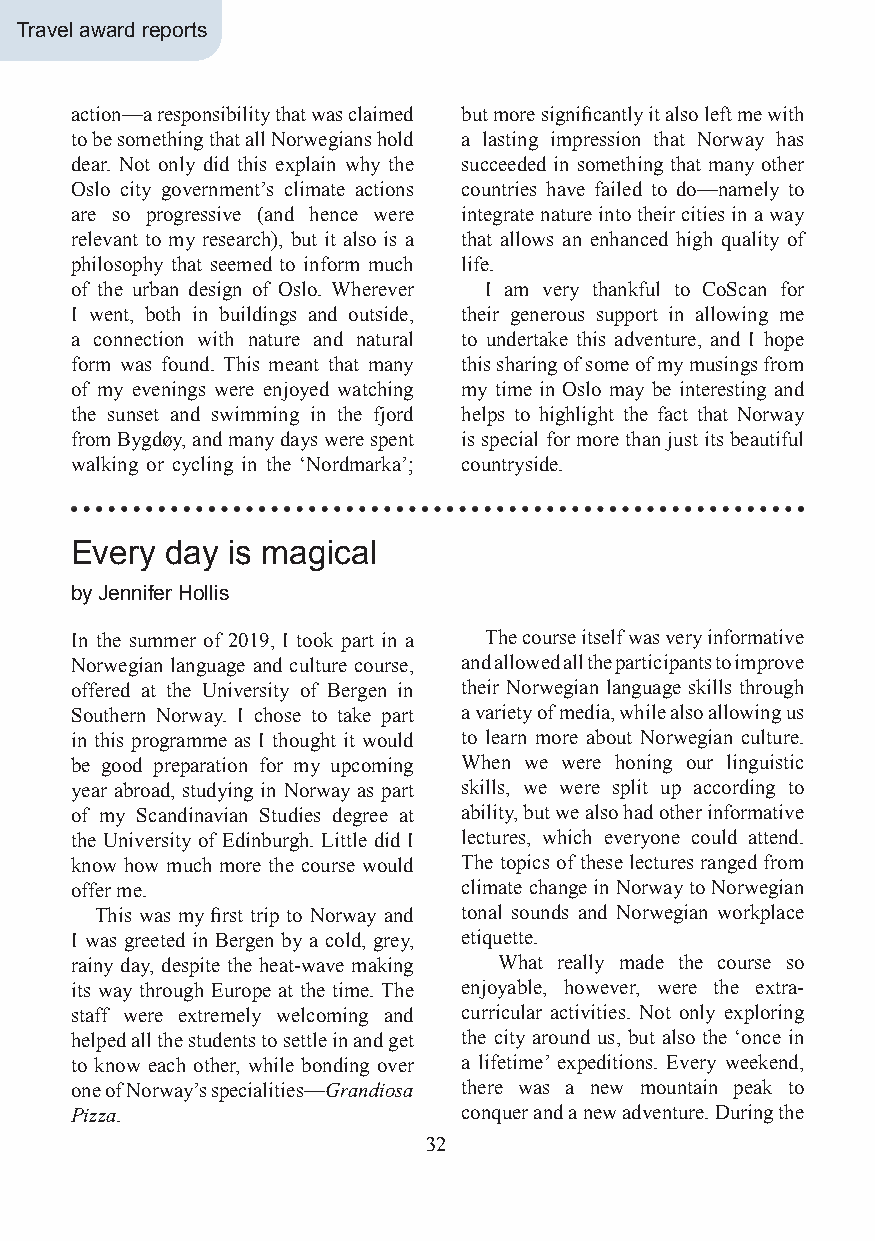
Travel award reports
 action—a responsibility that was claimed but more significantly it also left me with
 to be something that all Norwegians hold a lasting impression that Norway has
 dear. Not only did this explain why the succeeded in something that many other
 Oslo city government’s climate actions countries have failed to do—namely to
 are so progressive (and hence were integrate nature into their cities in a way
 relevant to my research), but it also is a that allows an enhanced high quality of
 philosophy that seemed to inform much life.
 of the urban design of Oslo. Wherever I am very thankful to CoScan for
 I went, both in buildings and outside, their generous support in allowing me
 a connection with nature and natural to undertake this adventure, and I hope
 form was found. This meant that many this sharing of some of my musings from
 of my evenings were enjoyed watching my time in Oslo may be interesting and
 the sunset and swimming in the fjord helps to highlight the fact that Norway
 from Bygdøy, and many days were spent is special for more than just its beautiful
 walking or cycling in the ‘Nordmarka’; countryside.
 Every day is magical
 by Jennifer Hollis
 In the summer of 2019, I took part in a The course itself was very informative
 Norwegian language and culture course, and allowed all the participants to improve
 offered at the University of Bergen in their Norwegian language skills through
 Southern Norway. I chose to take part a variety of media, while also allowing us
 in this programme as I thought it would to learn more about Norwegian culture.
 be good preparation for my upcoming When we were honing our linguistic
 year abroad, studying in Norway as part skills, we were split up according to
 of my Scandinavian Studies degree at ability, but we also had other informative
 the University of Edinburgh. Little did I lectures, which everyone could attend.
 know how much more the course would The topics of these lectures ranged from
 offer me.                climate change in Norway to Norwegian
 This was my first trip to Norway and tonal sounds and Norwegian workplace
 I was greeted in Bergen by a cold, grey, etiquette.
 rainy day, despite the heat-wave making What really made the course so
 its way through Europe at the time. The enjoyable, however, were the extra-
 staff were extremely welcoming and curricular activities. Not only exploring
 helped all the students to settle in and get the city around us, but also the ‘once in
 to know each other, while bonding over a lifetime’ expeditions. Every weekend,
 one of Norway’s specialities—Grandiosa there was a new mountain peak to
 Pizza.                   conquer and a new adventure. During the
 32